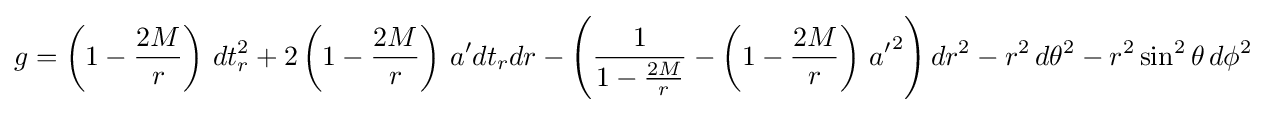
g=\left(1-{\frac {2M}{r}}\right)\,dt_{r}^{2}+2\left(1-{\frac {2M}{r}}\right)\,a'dt_{r}dr-\left({\frac {1}{1-{\frac {2M}{r}}}}-\left(1-{\frac {2M}{r}}\right)\,{a'}^{2}\right)dr^{2}-r^{2}\,d\theta ^{2}-r^{2}\sin ^{2}\theta \,d\phi ^{2}